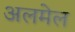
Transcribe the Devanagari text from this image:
अलमेल